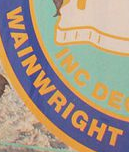
WAINWRIGHT